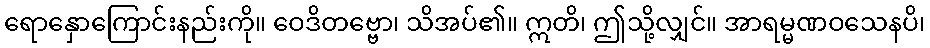
ရောနှောကြောင်းနည်းကို။ ဝေဒိတဗ္ဗော၊ သိအပ်၏။ ဣတိ၊ ဤသို့လျှင်။ အာရမ္မဏဝသေနပိ၊